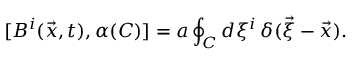
[ { \cal B } ^ { i } ( \vec { x } , t ) , \alpha ( C ) ] = a \oint _ { C } d \xi ^ { i } \, \delta ( \vec { \xi } - \vec { x } ) .